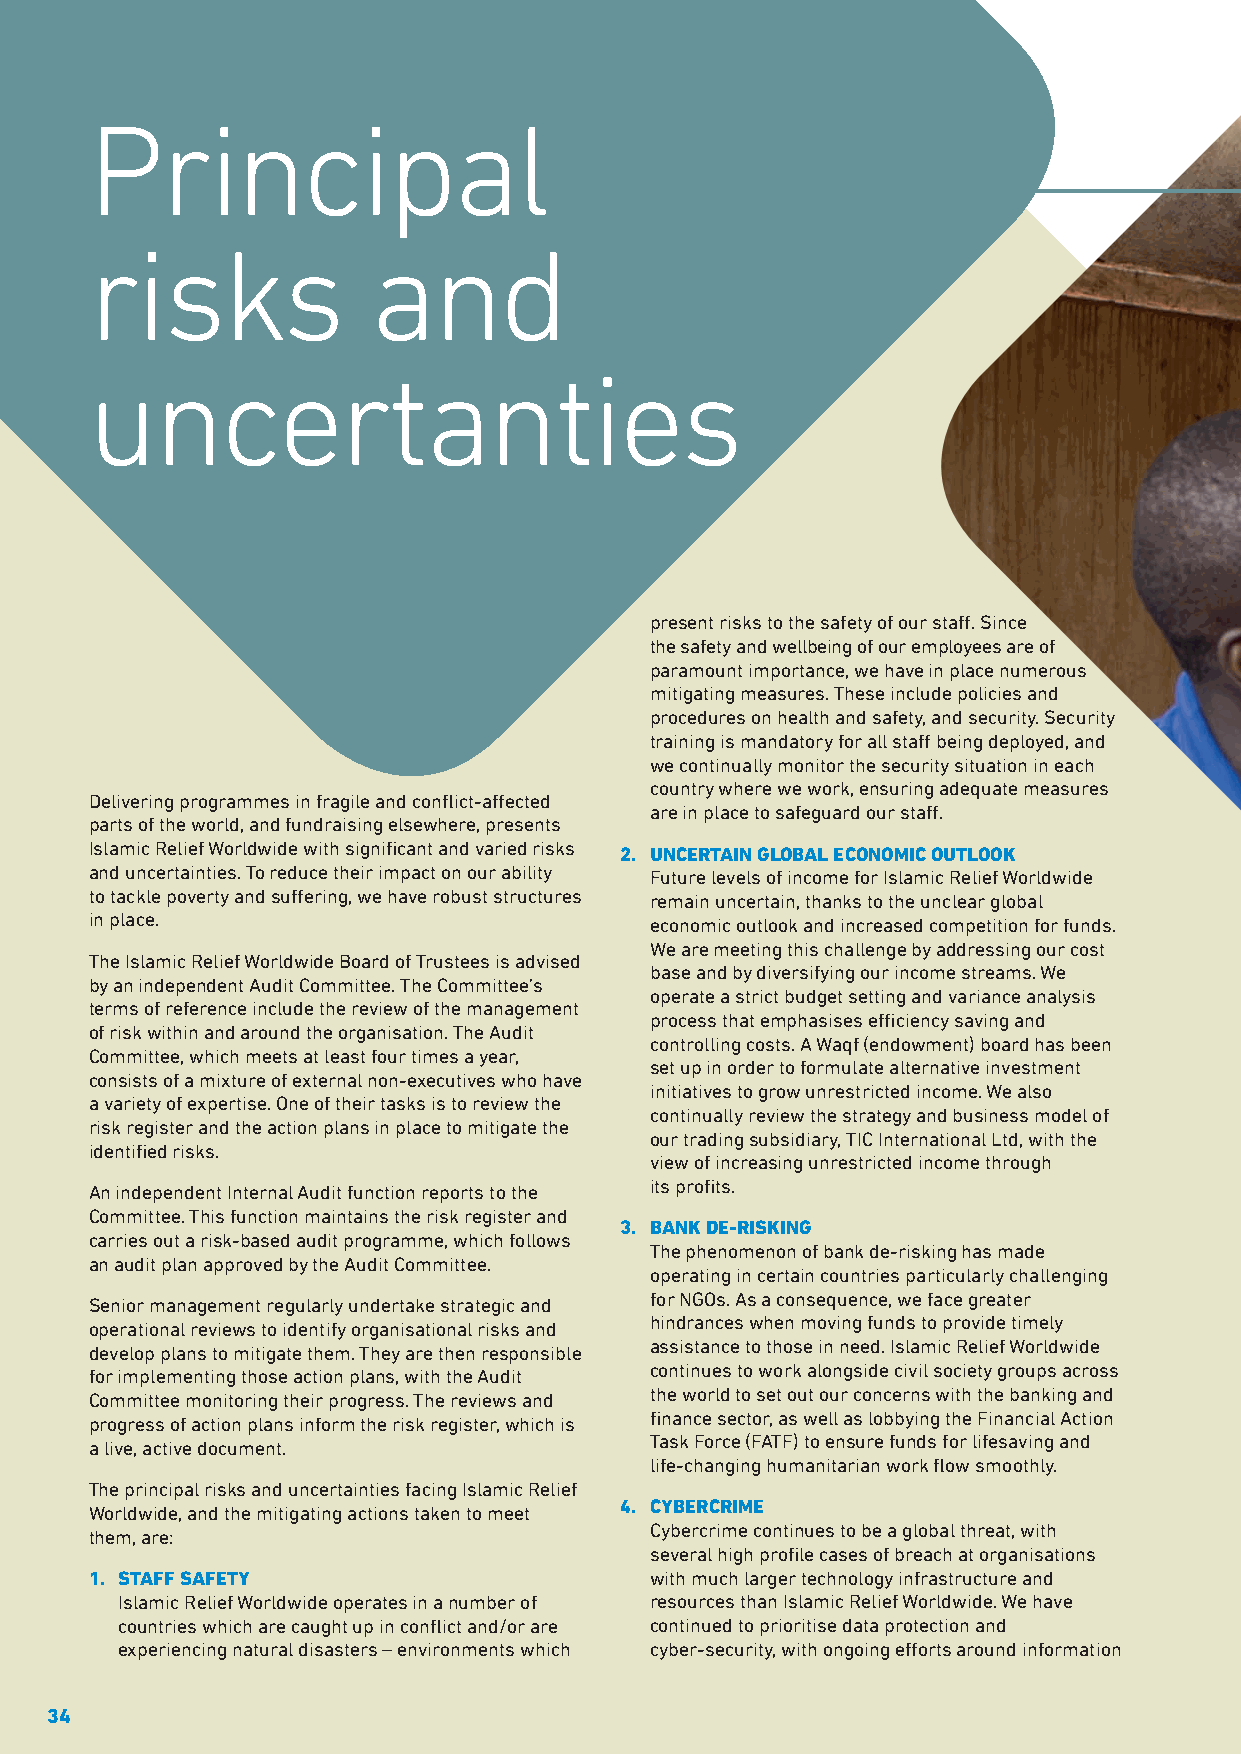
Principal
 risks              and
 uncertanties
 present risks to the safety of our staff. Since
 the safety and wellbeing of our employees are of
 paramount importance, we have in place numerous
 mitigating measures. These include policies and
 procedures on health and safety, and security. Security
 training is mandatory for all staff being deployed, and
 we continually monitor the security situation in each
 country where we work, ensuring adequate measures
 Delivering programmes in fragile and conflict-affected
 are in place to safeguard our staff.
 parts of the world, and fundraising elsewhere, presents
 Islamic Relief Worldwide with significant and varied risks 2. UNCERTAIN GLOBAL ECONOMIC OUTLOOK
 and uncertainties. To reduce their impact on our ability Future levels of income for Islamic Relief Worldwide
 to tackle poverty and suffering, we have robust structures remain uncertain, thanks to the unclear global
 in place.                            economic outlook and increased competition for funds.
 We are meeting this challenge by addressing our cost
 The Islamic Relief Worldwide Board of Trustees is advised
 base and by diversifying our income streams. We
 by an independent Audit Committee. The Committee’s
 operate a strict budget setting and variance analysis
 terms of reference include the review of the management
 process that emphasises efficiency saving and
 of risk within and around the organisation. The Audit
 controlling costs. A Waqf (endowment) board has been
 Committee, which meets at least four times a year,
 set up in order to formulate alternative investment
 consists of a mixture of external non-executives who have
 initiatives to grow unrestricted income. We also
 a variety of expertise. One of their tasks is to review the
 continually review the strategy and business model of
 risk register and the action plans in place to mitigate the
 our trading subsidiary, TIC International Ltd, with the
 identified risks.
 view of increasing unrestricted income through
 its profits.
 An independent Internal Audit function reports to the
 Committee. This function maintains the risk register and
 3. BANK DE-RISKING
 carries out a risk-based audit programme, which follows
 The phenomenon of bank de-risking has made
 an audit plan approved by the Audit Committee.
 operating in certain countries particularly challenging
 for NGOs. As a consequence, we face greater
 Senior management regularly undertake strategic and
 hindrances when moving funds to provide timely
 operational reviews to identify organisational risks and
 assistance to those in need. Islamic Relief Worldwide
 develop plans to mitigate them. They are then responsible
 continues to work alongside civil society groups across
 for implementing those action plans, with the Audit
 the world to set out our concerns with the banking and
 Committee monitoring their progress. The reviews and
 finance sector, as well as lobbying the Financial Action
 progress of action plans inform the risk register, which is
 Task Force (FATF) to ensure funds for lifesaving and
 a live, active document.
 life-changing humanitarian work flow smoothly.
 The principal risks and uncertainties facing Islamic Relief
 Worldwide, and the mitigating actions taken to meet 4. CYBERCRIME
 Cybercrime continues to be a global threat, with
 them, are:
 several high profile cases of breach at organisations
 1. STAFF SAFETY                      with much larger technology infrastructure and
 Islamic Relief Worldwide operates in a number of resources than Islamic Relief Worldwide. We have
 countries which are caught up in conflict and/or are continued to prioritise data protection and
 experiencing natural disasters – environments which cyber-security, with ongoing efforts around information
 34